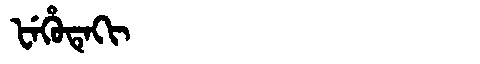
Manchu: ᡶᡝᡥᡠᡨᡝᡴᡳ
Romanization: FEHUTEKI